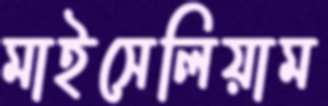
মাইসেলিয়াম